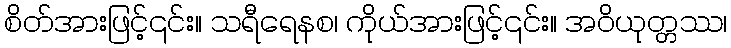
စိတ်အားဖြင့်၎င်း။ သရီရေနစ၊ ကိုယ်အားဖြင့်၎င်း။ အဝိယုတ္တဿ၊